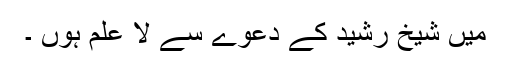
میں شیخ رشید کے دعوےٰ سے لا علم ہوں ۔